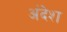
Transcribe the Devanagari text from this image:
अंदेश